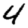
Digit: 4